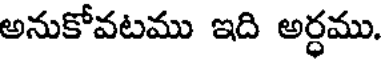
అనుకోవటము ఇది అర్ధము.